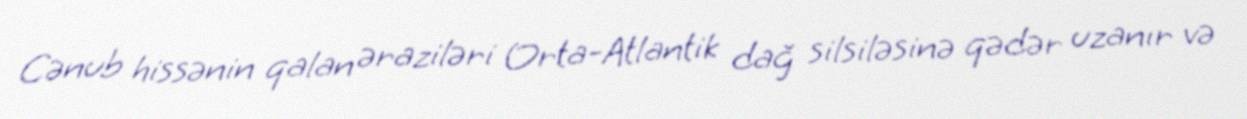
Cənub hissənin qalan əraziləri Orta-Atlantik dağ silsiləsinə qədər uzanır və